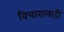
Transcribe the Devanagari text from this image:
विचारालाही